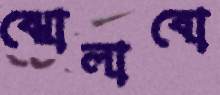
ঝোলাবো